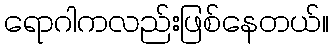
ရောဂါကလည်းဖြစ်နေတယ်။